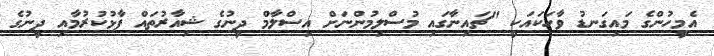
އެމީހުންގެ މައިގަނޑު ވާހަކައަކީ "ޗައިނާގައި މުސްލިމުންނަށް އިސްލާމް ދީނުގެ ޝިއާރުތައް ފާޅުކުރުމާއި ދީނުގެ